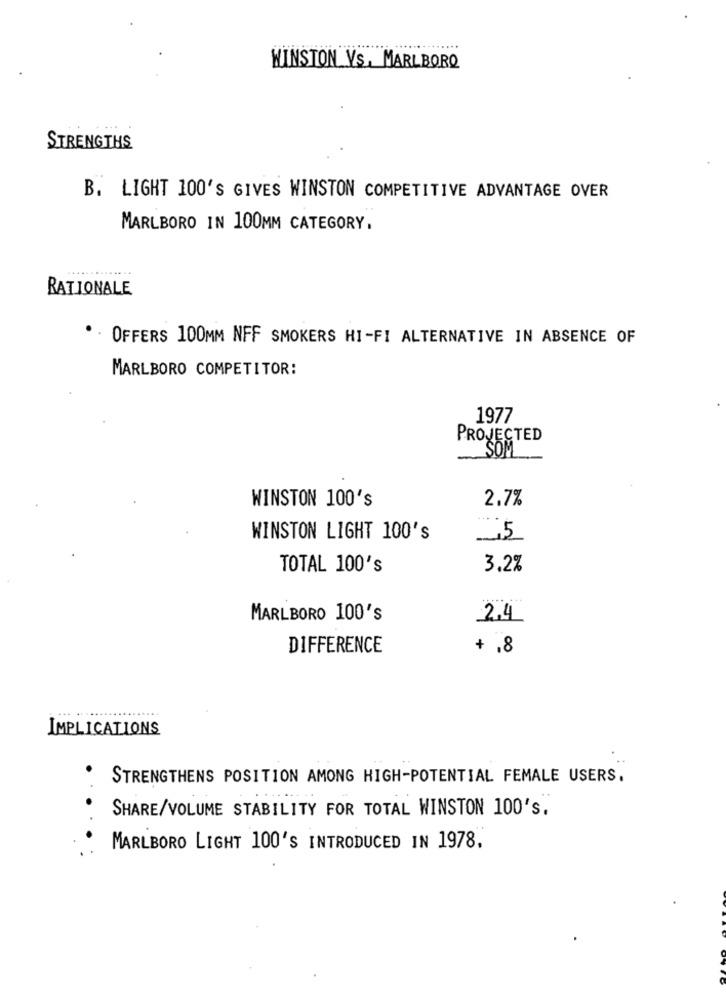
.....
WINSTON VS, MARLBORO
STRENGTHS
B. LIGHT 100'S GIVES WINSTON COMPETITIVE ADVANTAGE OVER
MARLBORO IN 100MM CATEGORY.
RATIONALE
OFFERS 100MM NFF SMOKERS HI-FI ALTERNATIVE IN ABSENCE OF
MARLBORO COMPETITOR:
1977
PROJECTED
SOM
WINSTON 100's
2.7%
WINSTON LIGHT 100's
5
TOTAL 100's
3.2%
MARLBORO 100's
2.4
DIFFERENCE
+ .8
IMPLICATIONS
STRENGTHENS POSITION AMONG HIGH-POTENTIAL FEMALE USERS.
SHARE/VOLUME STABILITY FOR TOTAL WINSTON 100's.
MARLBORO LIGHT 100'S INTRODUCED IN 1978,